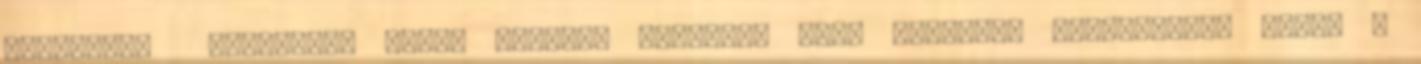
debreceni budapesti Bordó Sárkány Régizene Rend együttes teremtette, azzal a